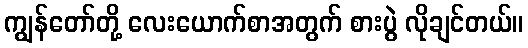
ကျွန်တော်တို့ လေးယောက်စာအတွက် စားပွဲ လိုချင်တယ်။